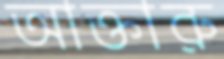
আক্তারু